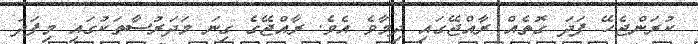
ކުރަންޖެހޭ ފަދަ ގޮތެއް ރާއްޖޭގައި ދިމާވެ އެވެ. ރާއްޖޭގެ ގިނަ މަދަރުސާތަކުގައި މިފަދަ